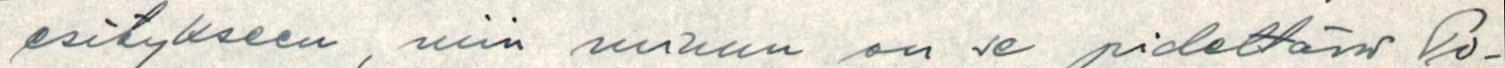
esitykseen, niin minun on se pidettävä Po-